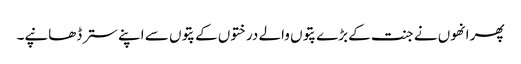
پھر انھوں نے جنت کے بڑے پتوں والے درختوں کے پتوں سے اپنے ستر ڈھانپے۔